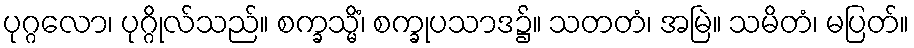
ပုဂ္ဂလော၊ ပုဂ္ဂိုလ်သည်။ စက္ခသ္မိံ၊ စက္ခုပသာဒ၌။ သတတံ၊ အမြဲ။ သမိတံ၊ မပြတ်။